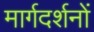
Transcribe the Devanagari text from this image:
मार्गदर्शनों